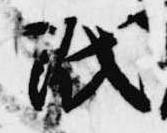
紙